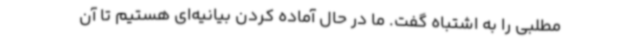
مطلبی را به اشتباه گفت. ما در حال آماده کردن بیانیه‌ای هستیم تا آن